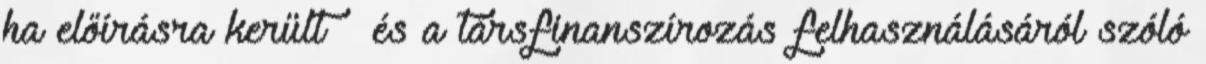
ha előírásra került – és a társfinanszírozás felhasználásáról szóló